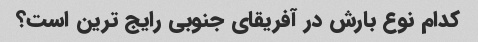
کدام نوع بارش در آفریقای جنوبی رایج ترین است؟